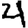
Digit: 4